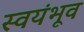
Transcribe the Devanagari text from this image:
स्वयंभूव